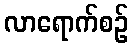
လာရောက်စဉ်